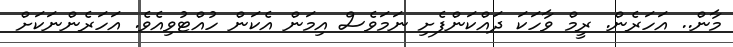
މާން.. އަހަރެން. ރީމް ވާހަކަ ދައްކަންފެށި ނަމަވެސް އިމަން އެކަން ހުއްޓުވިއެވެ. އަހަރެންނަކަށް